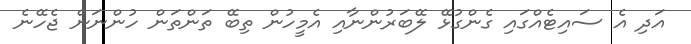
އަދި އެ ސައިޓެއްގައި ގެންގުޅޭ ލޭބަރުންނާއި އެމީހުން ތިބޭ ތަންތަން ހުންނަން ޖެހޭނެ